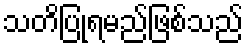
သတိပြုရမည်ဖြစ်သည်